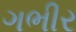
ગભીર